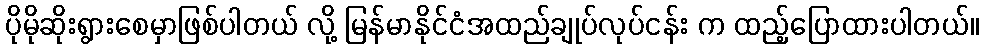
ပိုမိုဆိုးရွားစေမှာဖြစ်ပါတယ် လို့ မြန်မာနိုင်ငံအထည်ချုပ်လုပ်ငန်း က ထည့်ပြောထားပါတယ်။